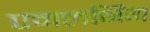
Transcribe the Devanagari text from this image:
एमलर्निंग